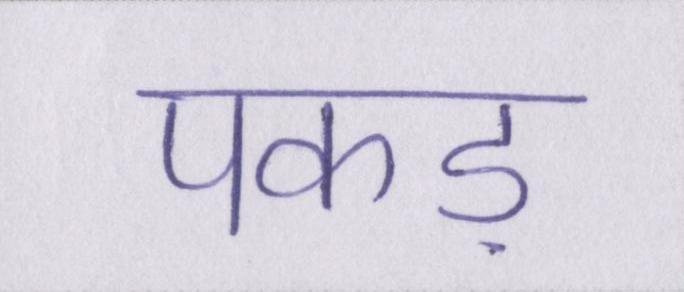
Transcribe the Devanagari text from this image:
पकड़